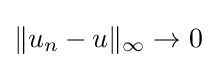
\|u_{n}-u\|_{\infty }\to 0